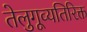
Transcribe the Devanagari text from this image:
तेलुगूव्यतिरिक्त